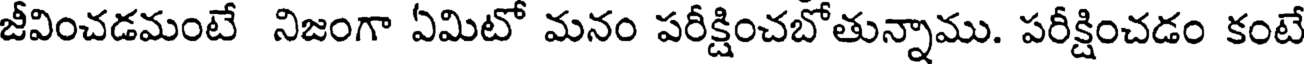
జీవించడమంటే నిజంగా ఏమిటో మనం పరీక్షించబోతున్నాము. పరీక్షించడం కంటే